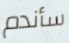
سأندم